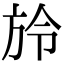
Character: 𣃠